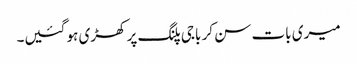
میری بات سن کر باجی پلنگ پر کھڑی ہو گئیں۔